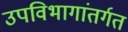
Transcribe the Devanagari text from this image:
उपविभागांतर्गत